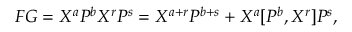
F G = X ^ { a } P ^ { b } X ^ { r } P ^ { s } = X ^ { a + r } P ^ { b + s } + X ^ { a } [ P ^ { b } , X ^ { r } ] P ^ { s } ,